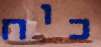
כוח